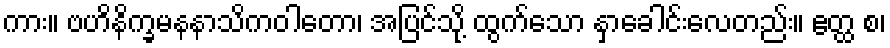
ကား။ ဗဟိနိက္ခမနနာသိကဝါတော၊ အပြင်သို့ ထွက်သော နှာခေါင်းလေတည်း။ ဧတ္ထ စ၊